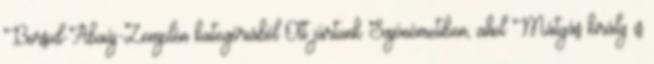
Borsod-Abaúj-Zemplén kategóriából Ott jártunk Sajónémetiben, ahol Mátyás király is